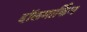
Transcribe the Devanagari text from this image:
हॉलमार्किंग